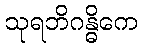
သုရဘိဂန္ဓိကေ